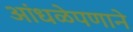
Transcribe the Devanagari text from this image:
आंधळेपणाने